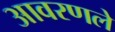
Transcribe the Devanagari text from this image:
आवरणले